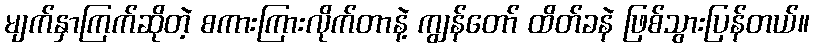
မျက်နှာကြက်ဆိုတဲ့ စကားကြားလိုက်တာနဲ့ ကျွန်တော် ထိတ်ခနဲ ဖြစ်သွားပြန်တယ်။